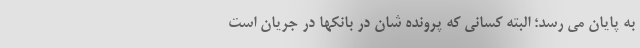
به پایان می رسد؛ البته کسانی که پرونده شان در بانکها در جریان است